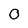
Character: 0